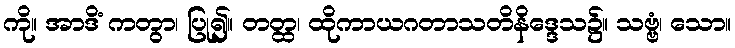
ကို။ အာဒိံ ကတွာ၊ ပြု၍။ တတ္ထ၊ ထိုကာယဂတာသတိနိဒ္ဒေသ၌။ သဗ္ဗံ၊ သော။